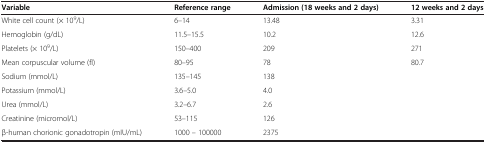
<table><thead><tr><td><b>Variable</b></td><td><b>Reference range</b></td><td><b>Admission (18 weeks and 2 days)</b></td><td><b>12 weeks and 2 days</b></td></tr></thead><tbody><tr><td>White cell count (× 10<sup>9</sup>/L)</td><td>6–14</td><td>13.48</td><td>3.31</td></tr><tr><td>Hemoglobin (g/dL)</td><td>11.5–15.5</td><td>10.2</td><td>12.6</td></tr><tr><td>Platelets (× 10<sup>9</sup>/L)</td><td>150–400</td><td>209</td><td>271</td></tr><tr><td>Mean corpuscular volume (fl)</td><td>80–95</td><td>78</td><td>80.7</td></tr><tr><td>Sodium (mmol/L)</td><td>135–145</td><td>138</td><td> </td></tr><tr><td>Potassium (mmol/L)</td><td>3.6–5.0</td><td>4.0</td><td> </td></tr><tr><td>Urea (mmol/L)</td><td>3.2–6.7</td><td>2.6</td><td> </td></tr><tr><td>Creatinine (micromol/L)</td><td>53–115</td><td>126</td><td> </td></tr><tr><td>β-human chorionic gonadotropin (mIU/mL)</td><td>1000 – 100000</td><td>2375</td><td> </td></tr></tbody></table>